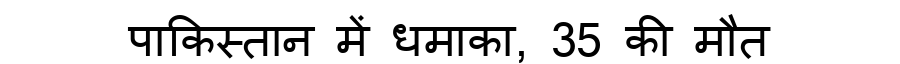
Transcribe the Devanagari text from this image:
पाकिस्तान में धमाका, 35 की मौत